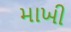
માખી